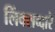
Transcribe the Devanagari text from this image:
लिंक्सव्दारे